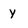
Character: y